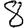
Digit: 8